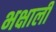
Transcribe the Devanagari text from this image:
भक्षाली